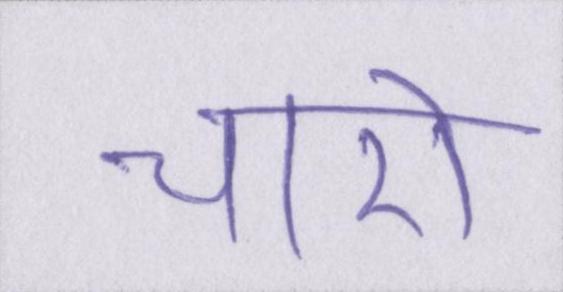
चारो